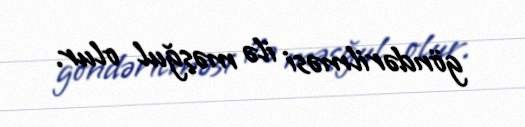
göndərilməsi ilə məşğul olur.